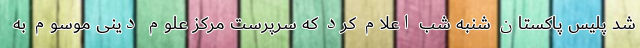
شد پلیس پاکستان شنبه شب اعلام کرد که سرپرست مرکز علوم دینی موسوم به